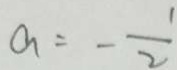
a = - \frac { 1 } { 2 }